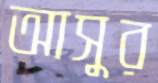
আসুর